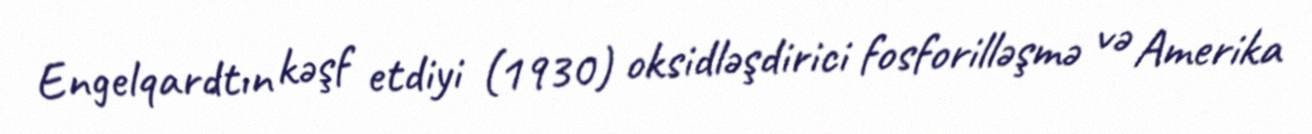
Engelqardtın kəşf etdiyi (1930) oksidləşdirici fosforilləşmə və Amerika